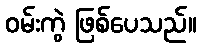
ဝမ်းကွဲ ဖြစ်ပေသည်။